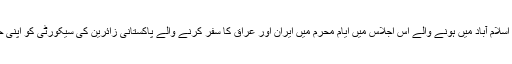
وزیراعظم پاکستان عمران خان نے اسلام آباد میں ہونے والے اس اجلاس میں ایام محرم میں ایران اور عراق کا سفر کرنے والے پاکستانی زائرین کی سیکورٹی کو اپنی حکومت کی ترجیحات میں قرار دیا۔